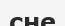
сне